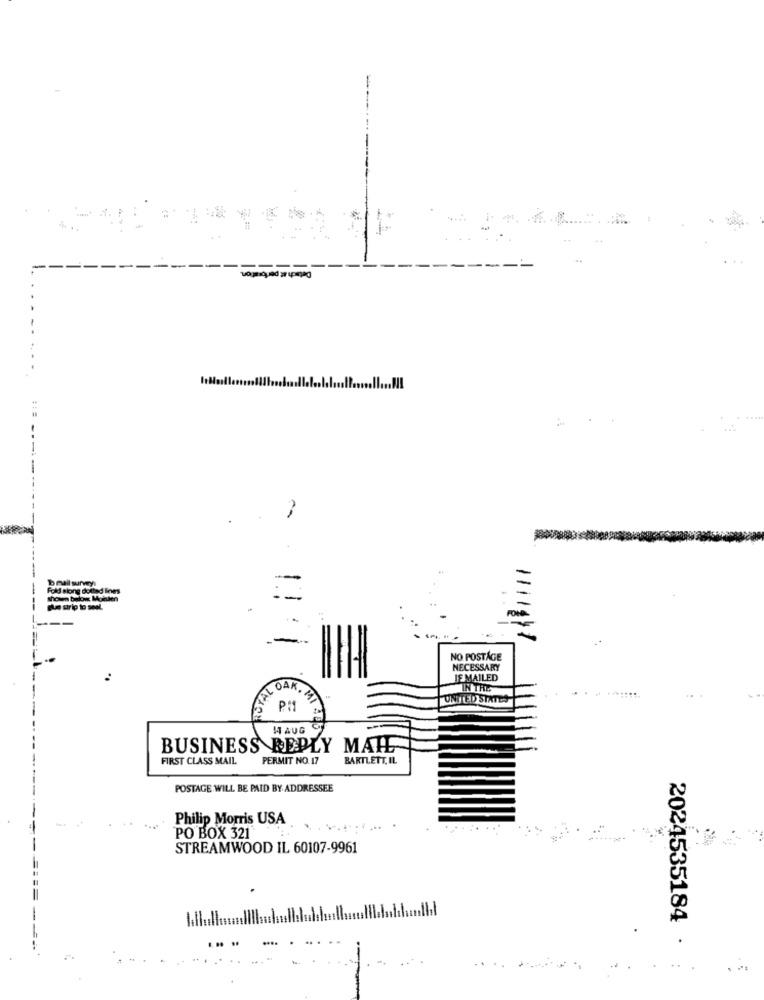
Fold along dotted lines
showm buon Monien
11111
NO POSTAGE
NECESSARY
IF MAILED
TAL DA
IN THE
UNITED STATES
MAUG
BUSINESS REPLY MAIL
FIRST CLASS MAIL
PERMIT NO. 17
BARTLETT, IL
POSTAGE WILL BE PAID BY ADDRESSEE
Philip Morris USA
'PO BOX 321
STREAMWOOD IL 60107-9961
2024535184